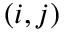
( i , j )